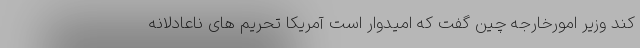
کند وزیر امورخارجه چین گفت که امیدوار است آمریکا تحریم های ناعادلانه